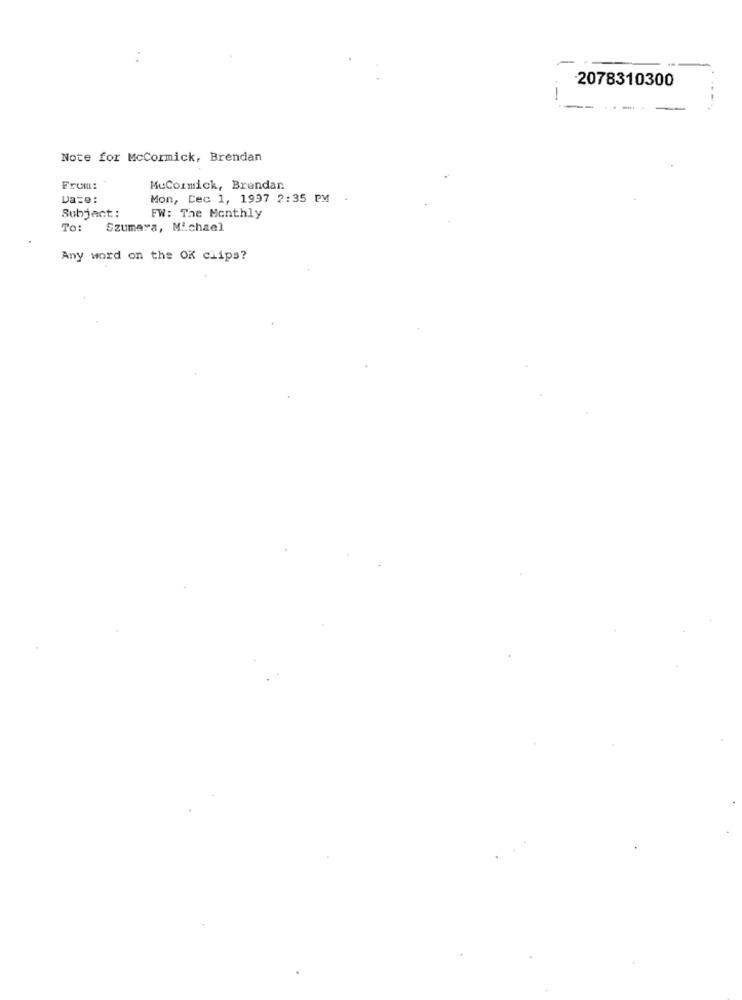
-2078310300
-
-
Note for McCormick, Brendan
From:
MuCormick, Brendan
Da=e:
Mon, Cec 1, 1997 2:35 PM
Subject:
FW: The Monthly
To:
Szumaya, Michael
Any word on the OK ciips?